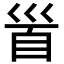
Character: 𩠐